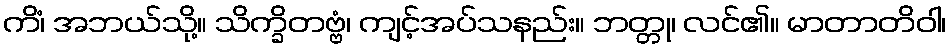
ကိံ၊ အဘယ်သို့။ သိက္ခိတဗ္ဗံ၊ ကျင့်အပ်သနည်း။ ဘတ္တု၊ လင်၏။ မာတာတိဝါ၊